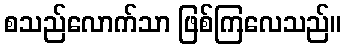
စသည်လောက်သာ ဖြစ်ကြလေသည်။